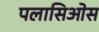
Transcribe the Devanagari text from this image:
पलासिओस